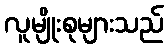
လူမျိုးစုများသည်